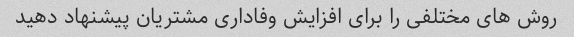
روش های مختلفی را برای افزایش وفاداری مشتریان پیشنهاد دهید